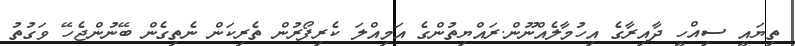
ތިޔައީ ސިއްހީ ދާއިރާގެ އިހުމާލެއްނޫން.ރައްޔިތުންގެ އަމިއްލަ ކެރިފޯރުން ތެރިކަން ނެތިގެން ބޭނުންޖެހޭ ވަގުތު